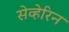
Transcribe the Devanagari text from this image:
सेव्हेरिन